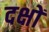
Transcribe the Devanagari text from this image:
दक्षों